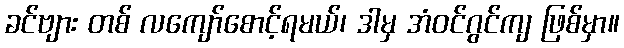
ခင်ဗျား တစ် လကျော်စောင့်ရမယ်၊ ဒါမှ အံဝင်ဂွင်ကျ ဖြစ်မှာ။